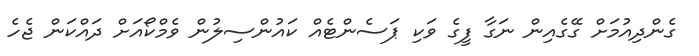
ގެންދިއުމަށް ގޭގެއިން ނަގާ ފީގެ ވަކި ޕަސެންޓެއް ކައުންސިލުން ވެމްކޯއަށް ދައްކަން ޖެހެ